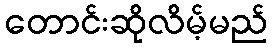
တောင်းဆိုလိမ့်မည်